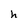
Character: h